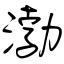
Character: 渤